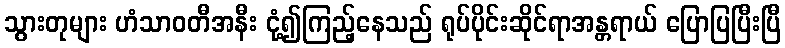
သွားတုများ ဟံသာဝတီအနီး ငုံ့၍ကြည့်နေသည် ရုပ်ပိုင်းဆိုင်ရာအန္တရာယ် ပြောပြပြီးပြီ